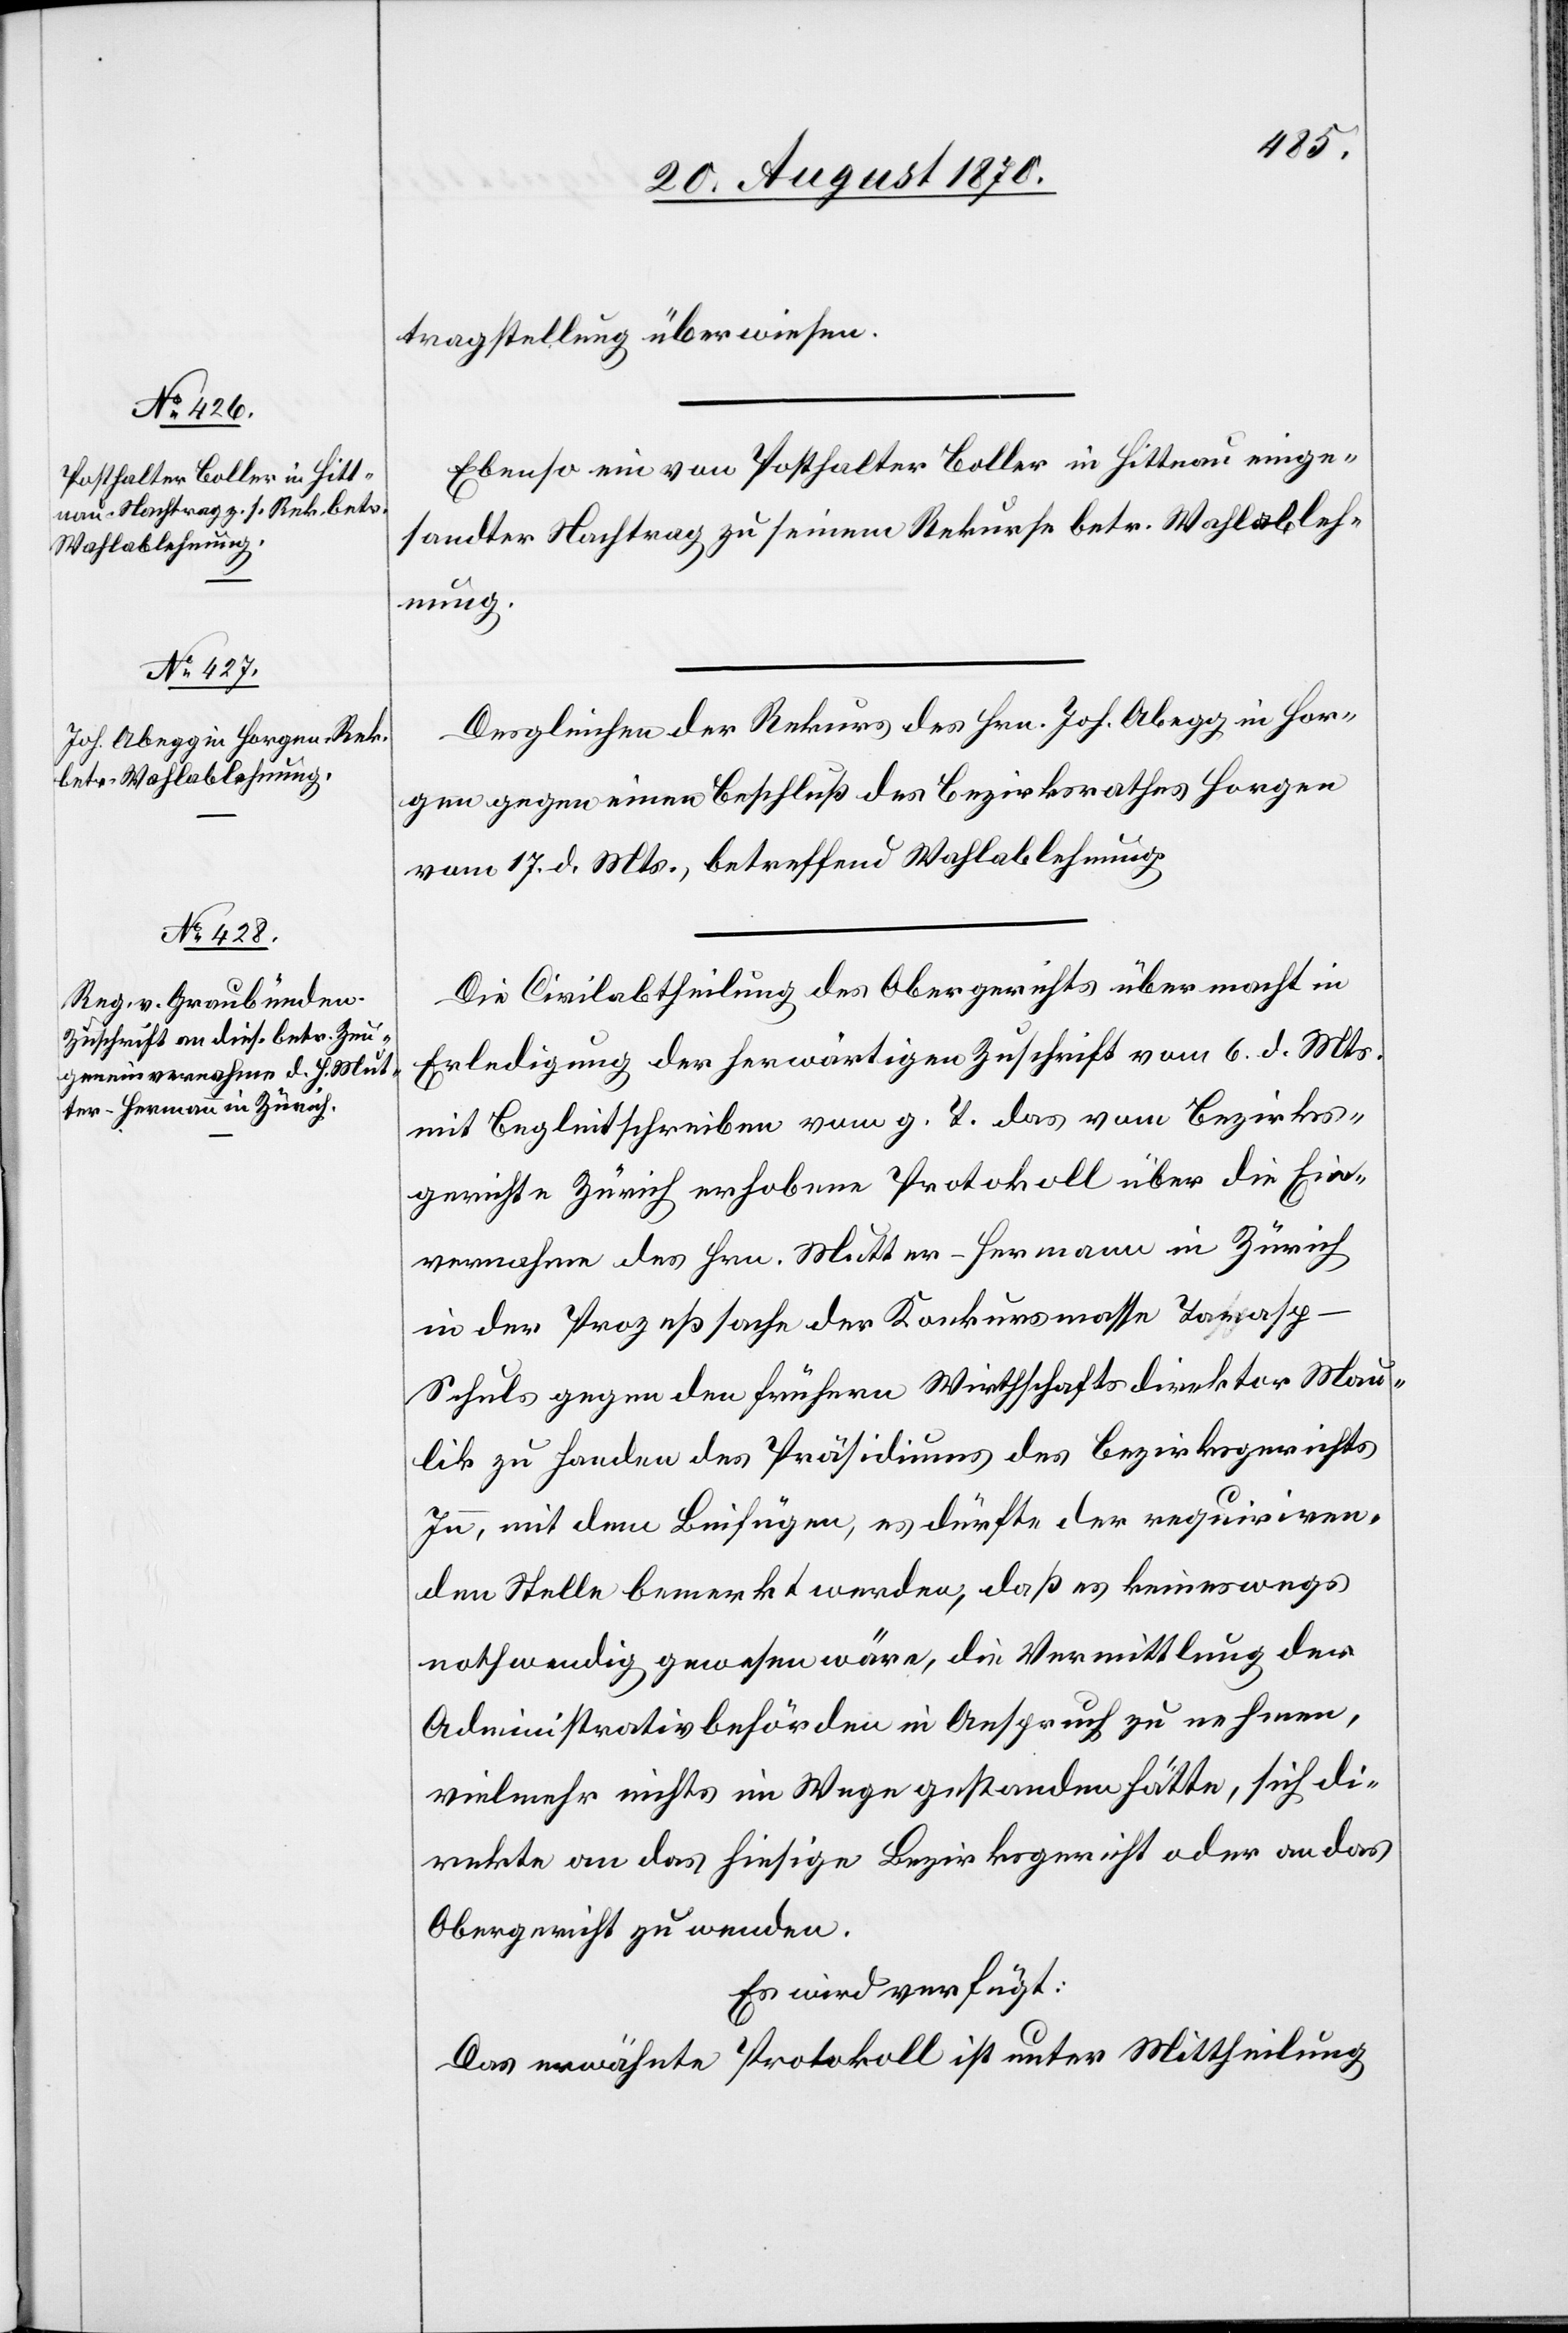
23. August 1870.]
tragstellung überwiesen.
Ebenso ein von Posthalter Boller in Hittnau einge¬
sandter Nachtrag zu seinem Rekurse betr. Wahlableh¬
nung.
Desgleichen der Rekurs des Hrn. Joh. Abegg in Hor¬
gen gegen einen Beschluß des Bezirksrathes Horgen
vom 17. d. Mts., betreffend Wahlablehnung.
Die Civilabtheilung des Obergerichtes übermacht in
Erledigung der herwärtigen Zuschrift vom 6. d. Mts.
mit Begleitschreiben vom g. T. das vom Bezirks¬
gerichte Zürich erhobene Protokoll über die Ein¬
vernahme des Hrn. Mutter-Hermann in Zürich
in der Prozeßsache der Konkursmasse Taras¬
p-Schuls gegen den frühern Wirthschaftsdirektor Mau¬
lik zu Handen des Präsidiums des Bezirksgerichts
Inn, mit dem Beifügen, es dürfte der requiriren¬
den Stelle bemerkt werden, daß es keineswegs
nothwendig gewesen wäre, die Vermittlung der
Administrativbehörden in Anspruch zu nehmen,
vielmehr nichts im Wege gestanden hätte, sich di¬
rekte an das hiesige Bezirksgericht oder an das
Obergericht zu wenden.
Es wird verfügt:
Das erwähnte Protokoll ist unter Mittheilung